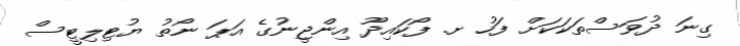
ގިނަ ދުވަސްތަކަކަށް ފަހު ށ. ފޯކައިދޫ އިންޖީނުގެ އަޕަ ނޯތު ޔުޓިލިޓީސް